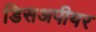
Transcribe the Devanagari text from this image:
डिसअपीयर